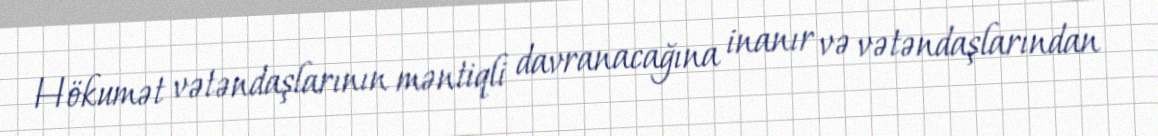
Hökumət vətəndaşlarının məntiqli davranacağına inanır və vətəndaşlarından